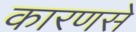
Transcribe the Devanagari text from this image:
कारणसे